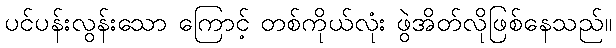
ပင်ပန်းလွန်းသော ကြောင့် တစ်ကိုယ်လုံး ဖွဲအိတ်လိုဖြစ်နေသည်။